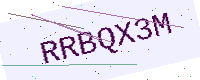
Text: RRBQX3M